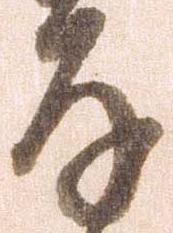
存